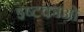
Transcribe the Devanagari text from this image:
इष्टकाओं